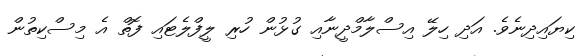
ކިޔައިދިނެވެ. އަދި ހިލޭ އިސްލާމްދީނާއި ގުޅުން ހުރި ލީފްލެޓައި ފޮތް އެ މިސްކިތުން